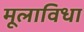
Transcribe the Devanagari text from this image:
मूलाविधा